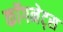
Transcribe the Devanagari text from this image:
कॉगनेट्स